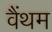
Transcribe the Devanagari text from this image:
वैंथम